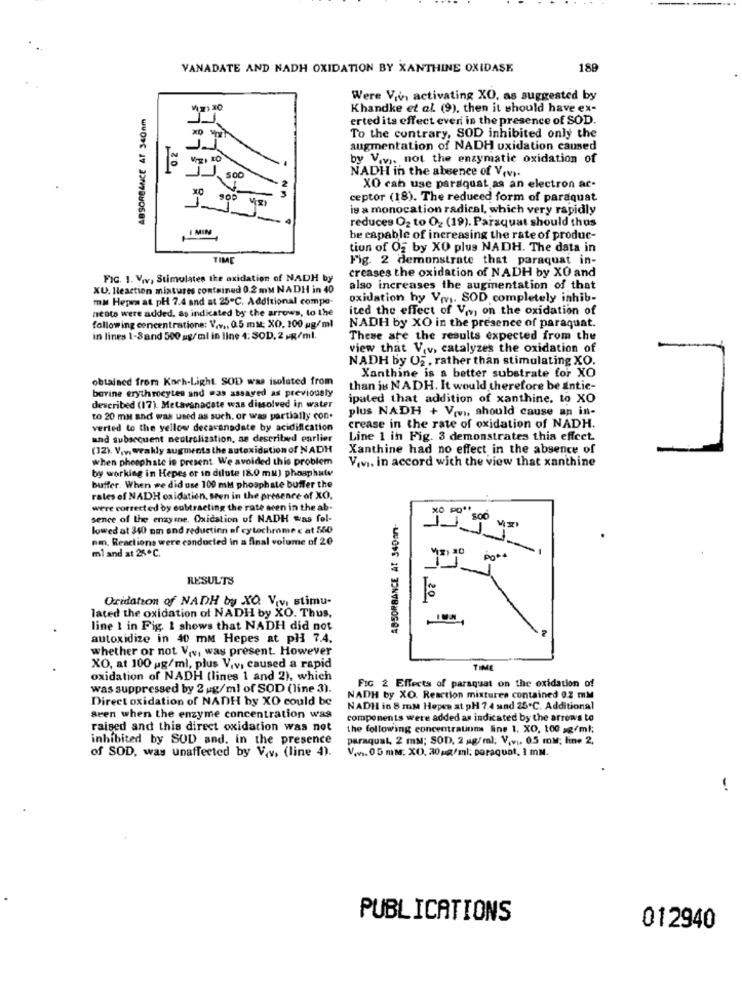
VANADATE AND NADH OXIDATION BY XANTHINE OXIDASE
189
Were Viv, activating XO, as suggested by
ABSORBANCE AT $40nm
Khandke et al. (9), then it should have ex-
erted its effect ever in the presence of SOD.
To the contrary, SOD inhibited only the
augmentation of NADH oxidation caused
by Viv ,, not the enzymatic oxidation of
SOC
NADH in the absence of Vevs.
XO can use paraquat as an electron ac-
XO
ceptor (18). The reduced form of paraquat
is a monocation radical, which very rapidly
MIN
reduces O2 to O2 (19). Paraquat should thus
be capable of increasing the rate of produc-
tion of Og by XO plus NADH. The data in
TIME
Fig. 2 demonstrate that paraquat in-
creases the oxidation of NADH by XO and
FIG. 1. Viv, Stimulates the oxidation of NADH by
XU. Heaction mixtures contained 0.2 mM NADH in 40
also increases the augmentation of that
ma Hepen at pH 7.4 and at 25℃. Additional compe-
oxidation hy Viv ,. SOD completely inhib-
nesta were added, as indicated by the arrows, to the
ited the effect of V ,., on the oxidation of
following concentratione: V.v ., 0.5 mM: XO, 100 g/ml
NADH by XO in the presence of paraquat.
in lines 1-3and 500 mg/ml in line 4: SOD, 2 g/ml.
These are the results expected from the
view that V.v, catalyzes the oxidation of
NADH by O2 , rather than stimulating XO.
obtained from Koch-Light. SOD was isolated from
Xanthine is a better substrate for XO
bovine erythrocytes and was assayed as previously
than is NADH. It would therefore be antic-
ipated that addition of xanthine, to XO
described (17). Metavanadate was dissolved in water
plus NADH + Vivi, should cause an in-
to 20 ma and was used as such, or was partially con.
verted to the yellow decavanadate by acidification
crease in the rate of oxidation of NADH.
and subsequent neutralization, as described earlier
Line 1 in Fig. 3 demonstrates thia effect.
(12). V.v. weakly augments the autoxidation of NADH
Xanthine had no effect in the absence of
when phosphate is present. We avoided this problem
V.v. in accord with the view that xanthine
by working in Hepes or in dilute (80 mu] phosphate
buffer. When we did use 100 mM phosphate buffer the
rates of NADH caidation, Men in the presence of XO,
were corrected by subtracting the rate seen in the ab-
ABSORBANCE AT 340mm-
XO PO **
sence of the enzyme. Oxidation of NADH was fol-
SOO
lowed at 340 mm end reduction of cytochrome c at 550
nen. Reactions were conducted in a final volume of 20
ml and at 25℃.
RESULTS
Oxidation of NADH by XO. Viv, stimu-
lated the oxidation of NADH by XO. Thus,
line 1 in Fig. 1 shows that NADH did not
autoxidize in 40 mm Hepes at pH 7.4.
whether or not Viv, was present. However
XO, at 100 g/ml, plus V.v, caused a rapid
TIME
oxidation of NADH (lines 1 and 2), which
was suppressed by 2 ug/ml of SOD (line 3).
FIG. 2 Effects of paraquat on the oxidation of
Direct oxidation of NADH by XO could be
NADH by XO. Reaction mixtures contained 0.2 mM
NADH in 8 mm Hopes at pH 7.4 and 25℃. Additional
seen when the enzyme concentration was
components were added as indicated by the arrows to
raised and this direct oxidation was not
the following concentration line 1. XO. 100 g/ml;
inhibited by SUD and. in the presence
paraquat, 2 mM; SOD, 2 mg/ml; V.v .. 0.5 mM; line 2,
of SOD, was unaffected by V.v. (line 4).
V.w. 05 mM: XO. 30pg/ml; paraquat, 1 mN.
-
PUBLICATIONS
012940